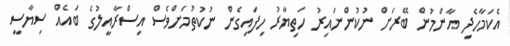
އެކަމާހެދި އާންމުން ބޭރަށް ނުކުންނައިރު ހަތިޔާރު ހިފައިގެން ނުކުތުމަށްވެސް އިސްރާއީލުގެ ބައެއް ސިޔާސީ